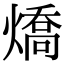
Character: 燆